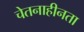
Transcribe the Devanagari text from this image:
चेतनाहीनता